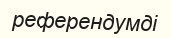
референдумді